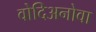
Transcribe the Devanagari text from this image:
वोदिअनोवा